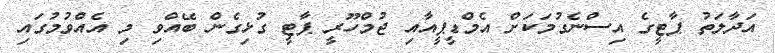
އަދާލަތު ޕާޓީގެ އިސްނެގުމަކަށް އެމްޑީޕީއާއި ޖުމްހޫރީ ޕާޓީ ގުޅިގެން ބޭއްވި މި އެއްވުމުގައި